Indian journal of veterinary science and animal husbandry - Volume 6,
Year: 1936
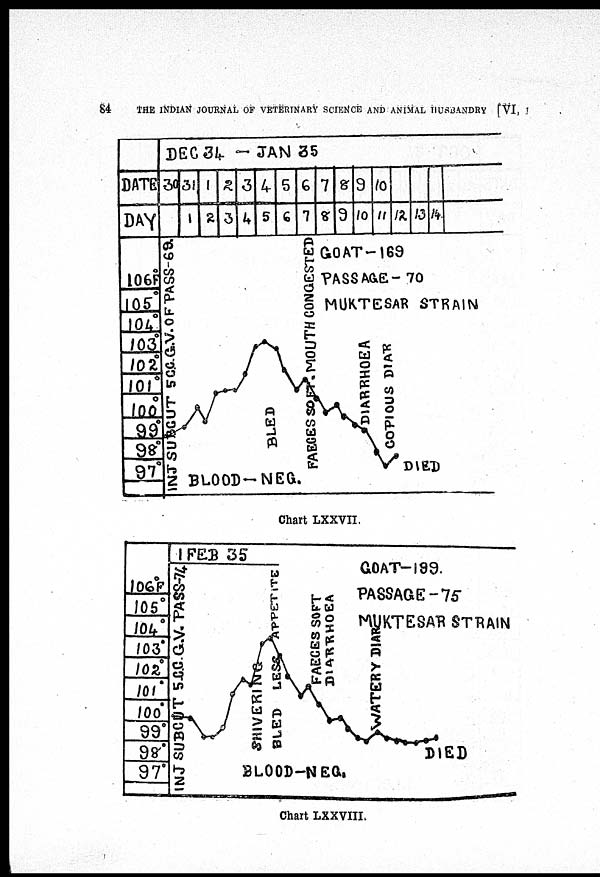
84
THE INDIAN JOURNAL OF VETERINARY SCIENCE AND ANIMAL HUSBANDRY [VI, I
Chart LXXVII.
Chart LXXVIII.